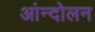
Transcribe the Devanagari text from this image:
आंन्दोलन